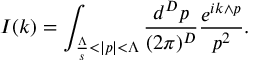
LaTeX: I ( k ) = \int _ { \frac { \Lambda } { s } < | p | < \Lambda } \frac { d ^ { D } p } { ( 2 \pi ) ^ { D } } \frac { e ^ { i k \wedge p } } { p ^ { 2 } } .